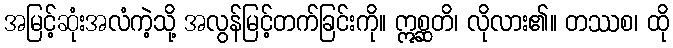
အမြင့်ဆုံးအလံကဲ့သို့ အလွန်မြင့်တက်ခြင်းကို။ ဣစ္ဆတိ၊ လိုလား၏။ တဿစ၊ ထို